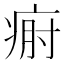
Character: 𤶡